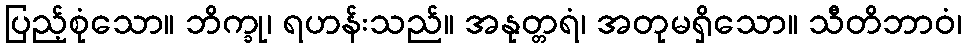
ပြည့်စုံသော။ ဘိက္ခု၊ ရဟန်းသည်။ အနုတ္တရံ၊ အတုမရှိသော။ သီတိဘာဝံ၊